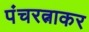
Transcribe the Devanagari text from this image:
पंचरत्नाकर